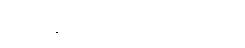
လရောင်က ကြည်လွန်းလှသည်။